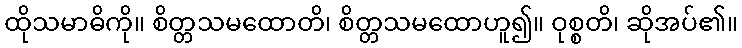
ထိုသမာဓိကို။ စိတ္တသမထောတိ၊ စိတ္တသမထောဟူ၍။ ဝုစ္စတိ၊ ဆိုအပ်၏။